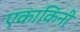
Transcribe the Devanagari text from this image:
एकाकिनी